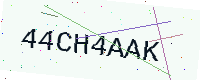
Text: 44CH4AAK